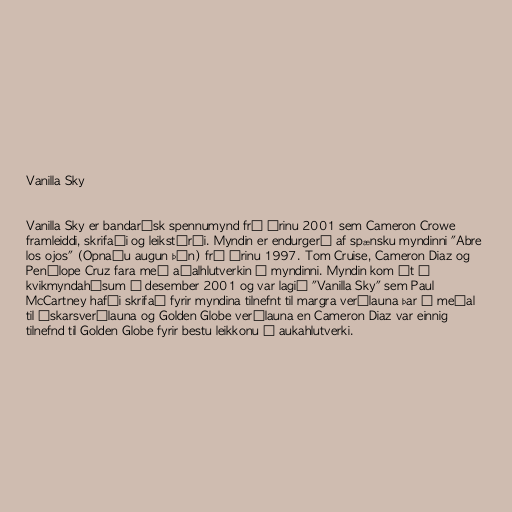
Vanilla Sky

Vanilla Sky er bandarísk spennumynd frá árinu 2001 sem Cameron Crowe
framleiddi, skrifaði og leikstýrði. Myndin er endurgerð af spænsku myndinni "Abre
los ojos" (Opnaðu augun þín) frá árinu 1997. Tom Cruise, Cameron Diaz og
Penélope Cruz fara með aðalhlutverkin í myndinni. Myndin kom út í
kvikmyndahúsum í desember 2001 og var lagið "Vanilla Sky" sem Paul
McCartney hafði skrifað fyrir myndina tilnefnt til margra verðlauna þar á meðal
til Óskarsverðlauna og Golden Globe verðlauna en Cameron Diaz var einnig
tilnefnd til Golden Globe fyrir bestu leikkonu í aukahlutverki.